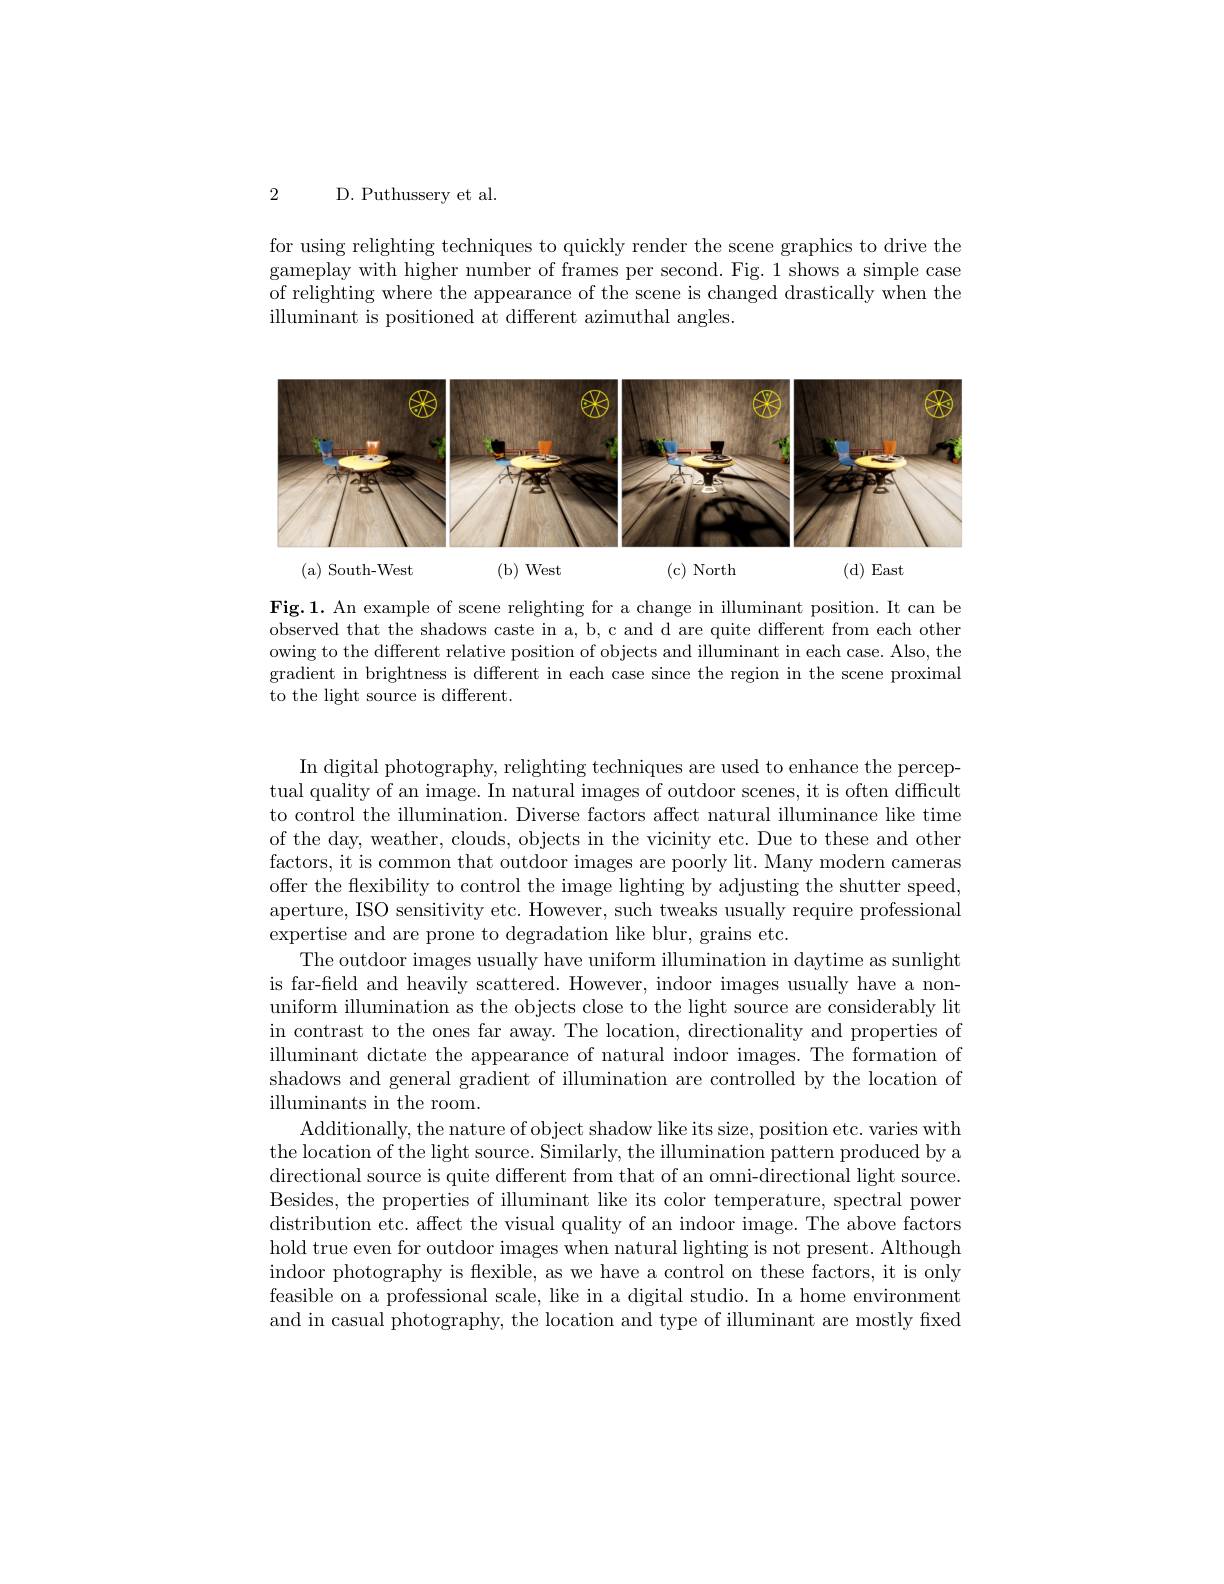
2 D. Puthussery et al.

for using relighting techniques to quickly render the scene graphics to drive the gameplay with higher number of frames per second. Fig. 1 shows a simple case of relighting where the appearance of the scene is changed drastically when the illuminant is positioned at different azimuthal angles.

<FigureHere>

( a) South- West

(b) West

(c) North

(d)East

Fig.1. An example of scene relighting for a change in illuminant position. It can be observed that the shadows caste in a, b, c and d are quite different from each other owing to the different relative position of objects and illuminant in each case. Also, the gradient in brightness is different in each case since the region in the scene proximal to the light source is different.

In digital photography, relighting techniques are used to enhance the perceptual quality of an image. In natural images of outdoor scenes, it is often difficult to control the illumination. Diverse factors affect natural illuminance like time of the day, weather, clouds, objects in the vicinity etc. Due to these and other factors, it is common that outdoor images are poorly lit. Many modern cameras offer the flexibility to control the image lighting by adjusting the shutter speed, aperture, ISO sensitivity etc. However, such tweaks usually require professional expertise and are prone to degradation like blur, grains etc.
The outdoor images usually have uniform illumination in daytime as sunlight is far-field and heavily scattered. However, indoor images usually have a nonuniform illumination as the objects close to the light source are considerably lit in contrast to the ones far away. The location, directionality and properties of illuminant dictate the appearance of natural indoor images. The formation of shadows and general gradient of illumination are controlled by the location of illuminants in the room.
Additionally, the nature of object shadow like its size, position etc. varies with the location of the light source. Similarly, the illumination pattern produced by a directional source is quite different from that of an omni-directional light source. Besides, the properties of illuminant like its color temperature, spectral power distribution etc. affect the visual quality of an indoor image. The above factors hold true even for outdoor images when natural lighting is not present. Although indoor photography is flexible, as we have a control on these factors, it is only feasible on a professional scale, like in a digital studio. In a home environment and in casual photography, the location and type of illuminant are mostly fixed